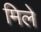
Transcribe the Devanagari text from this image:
मिले